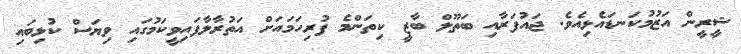
ޝީރީން އަޒުމުކަނޑައެޅިއެވެ. ޖައުފަރާއި ބަތޫލް ބާޒީ ކިތަންމެ ފުރިހަމައަށް އަތުރާލާފައިވީކަމުގައި ވިޔަސް ކުޅިބައި